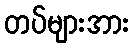
တပ်များအား